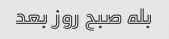
بله صبح روز بعد